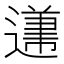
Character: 𲅱